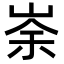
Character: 𡸂